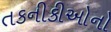
તકનીકીઓનો